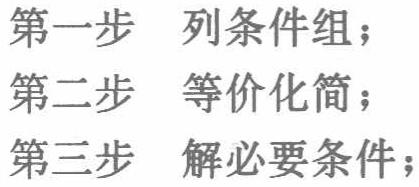
第一步 列条件组；
第二步 等价化简；
第三步 解必要条件；